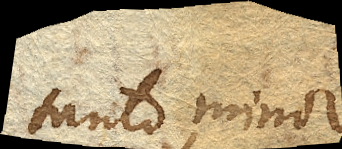
tanto minor